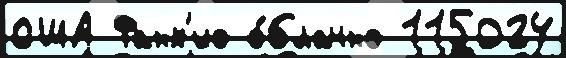
США Фанх'ио о́блачно 115024